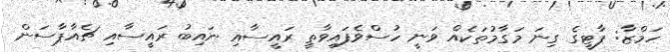
ހަމްޒާ: ޕާޓީގެ ގިނަ މަގާމުތަކެއް ވަނީ ހުސްވެފައިވާތީ ރައީސާއި ނައިބު ރައީސާއި ޗެއާޕާސަން